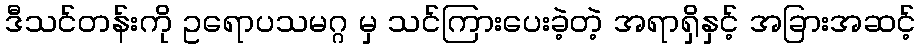
ဒီသင်တန်းကို ဥရောပသမဂ္ဂ မှ သင်ကြားပေးခဲ့တဲ့ အရာရှိနှင့် အခြားအဆင့်